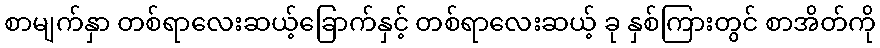
စာမျက်နှာ တစ်ရာလေးဆယ့်ခြောက်နှင့် တစ်ရာလေးဆယ့် ခု နှစ်ကြားတွင် စာအိတ်ကို